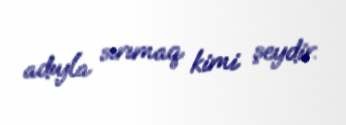
adıyla sırımaq kimi şeydir.